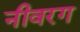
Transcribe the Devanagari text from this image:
नीवरग